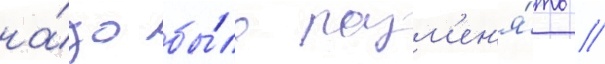
на́до бы́ло разм'ен'я́ть //